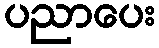
ပညာပေး